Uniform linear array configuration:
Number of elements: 48
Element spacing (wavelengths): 1
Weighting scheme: exponential
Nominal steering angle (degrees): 45
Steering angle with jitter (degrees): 46.345
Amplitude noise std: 0.05
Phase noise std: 0.05

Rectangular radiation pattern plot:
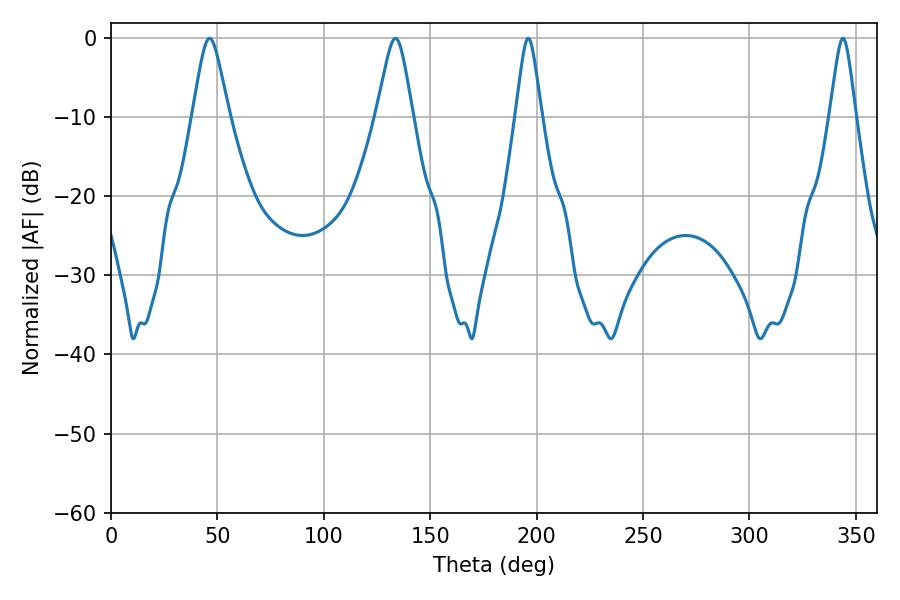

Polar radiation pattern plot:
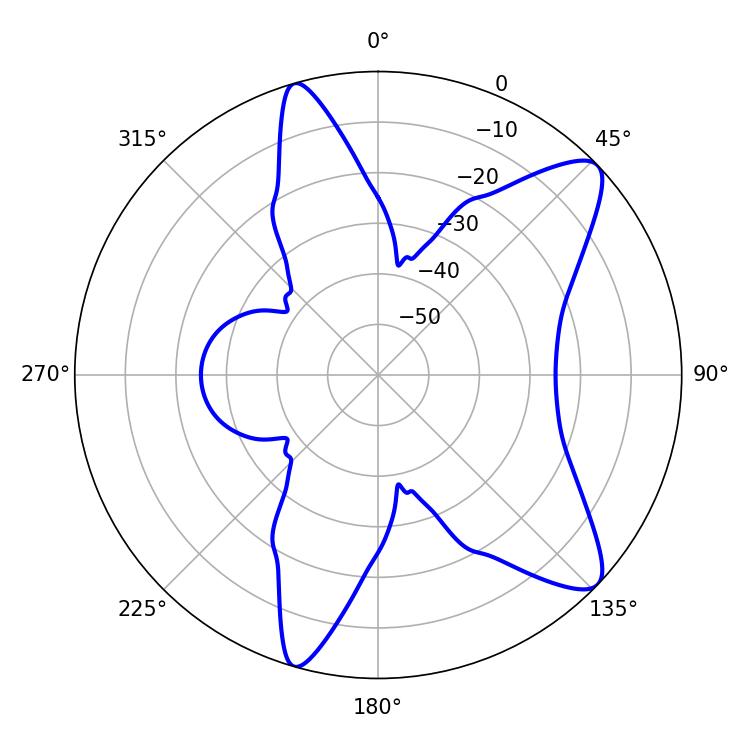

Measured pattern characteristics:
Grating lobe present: TRUE
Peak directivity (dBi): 10.325
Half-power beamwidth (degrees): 5.94
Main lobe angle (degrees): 196.02